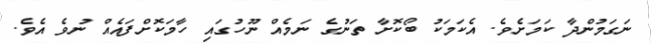
ނަގަމުންދާ ކަމަށެވެ. އެކަމަކު ބޯކޮށާ ތަނުގެ ނަމެއް ނޫހުގައި ހާމަކޮށްފައެއް ނުވެ އެވެ.